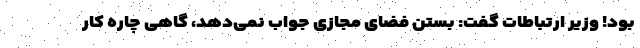
بود! وزیر ارتباطات گفت: بستن فضای مجازی جواب نمی‌دهد، گاهی چاره کار